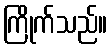
ကြိုက်သည်။